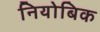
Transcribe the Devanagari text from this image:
नियोबिक